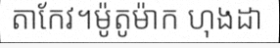
តាកែវ។ម៉ូតូម៉ាក ហុងដា